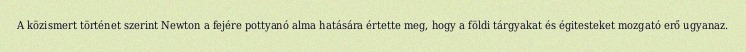
A közismert történet szerint Newton a fejére pottyanó alma hatására értette meg, hogy a földi tárgyakat és égitesteket mozgató erő ugyanaz.